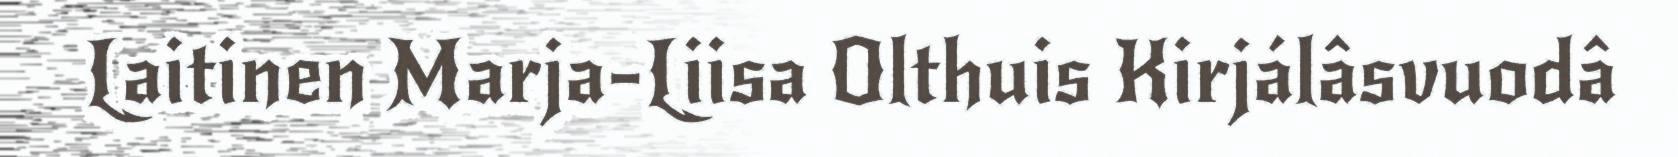
Laitinen Marja-Liisa Olthuis Kirjálâsvuodâ